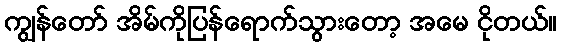
ကျွန်တော် အိမ်ကိုပြန်ရောက်သွားတော့ အမေ ငိုတယ်။